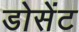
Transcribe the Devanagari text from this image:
डोसेंट